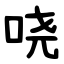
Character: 哓